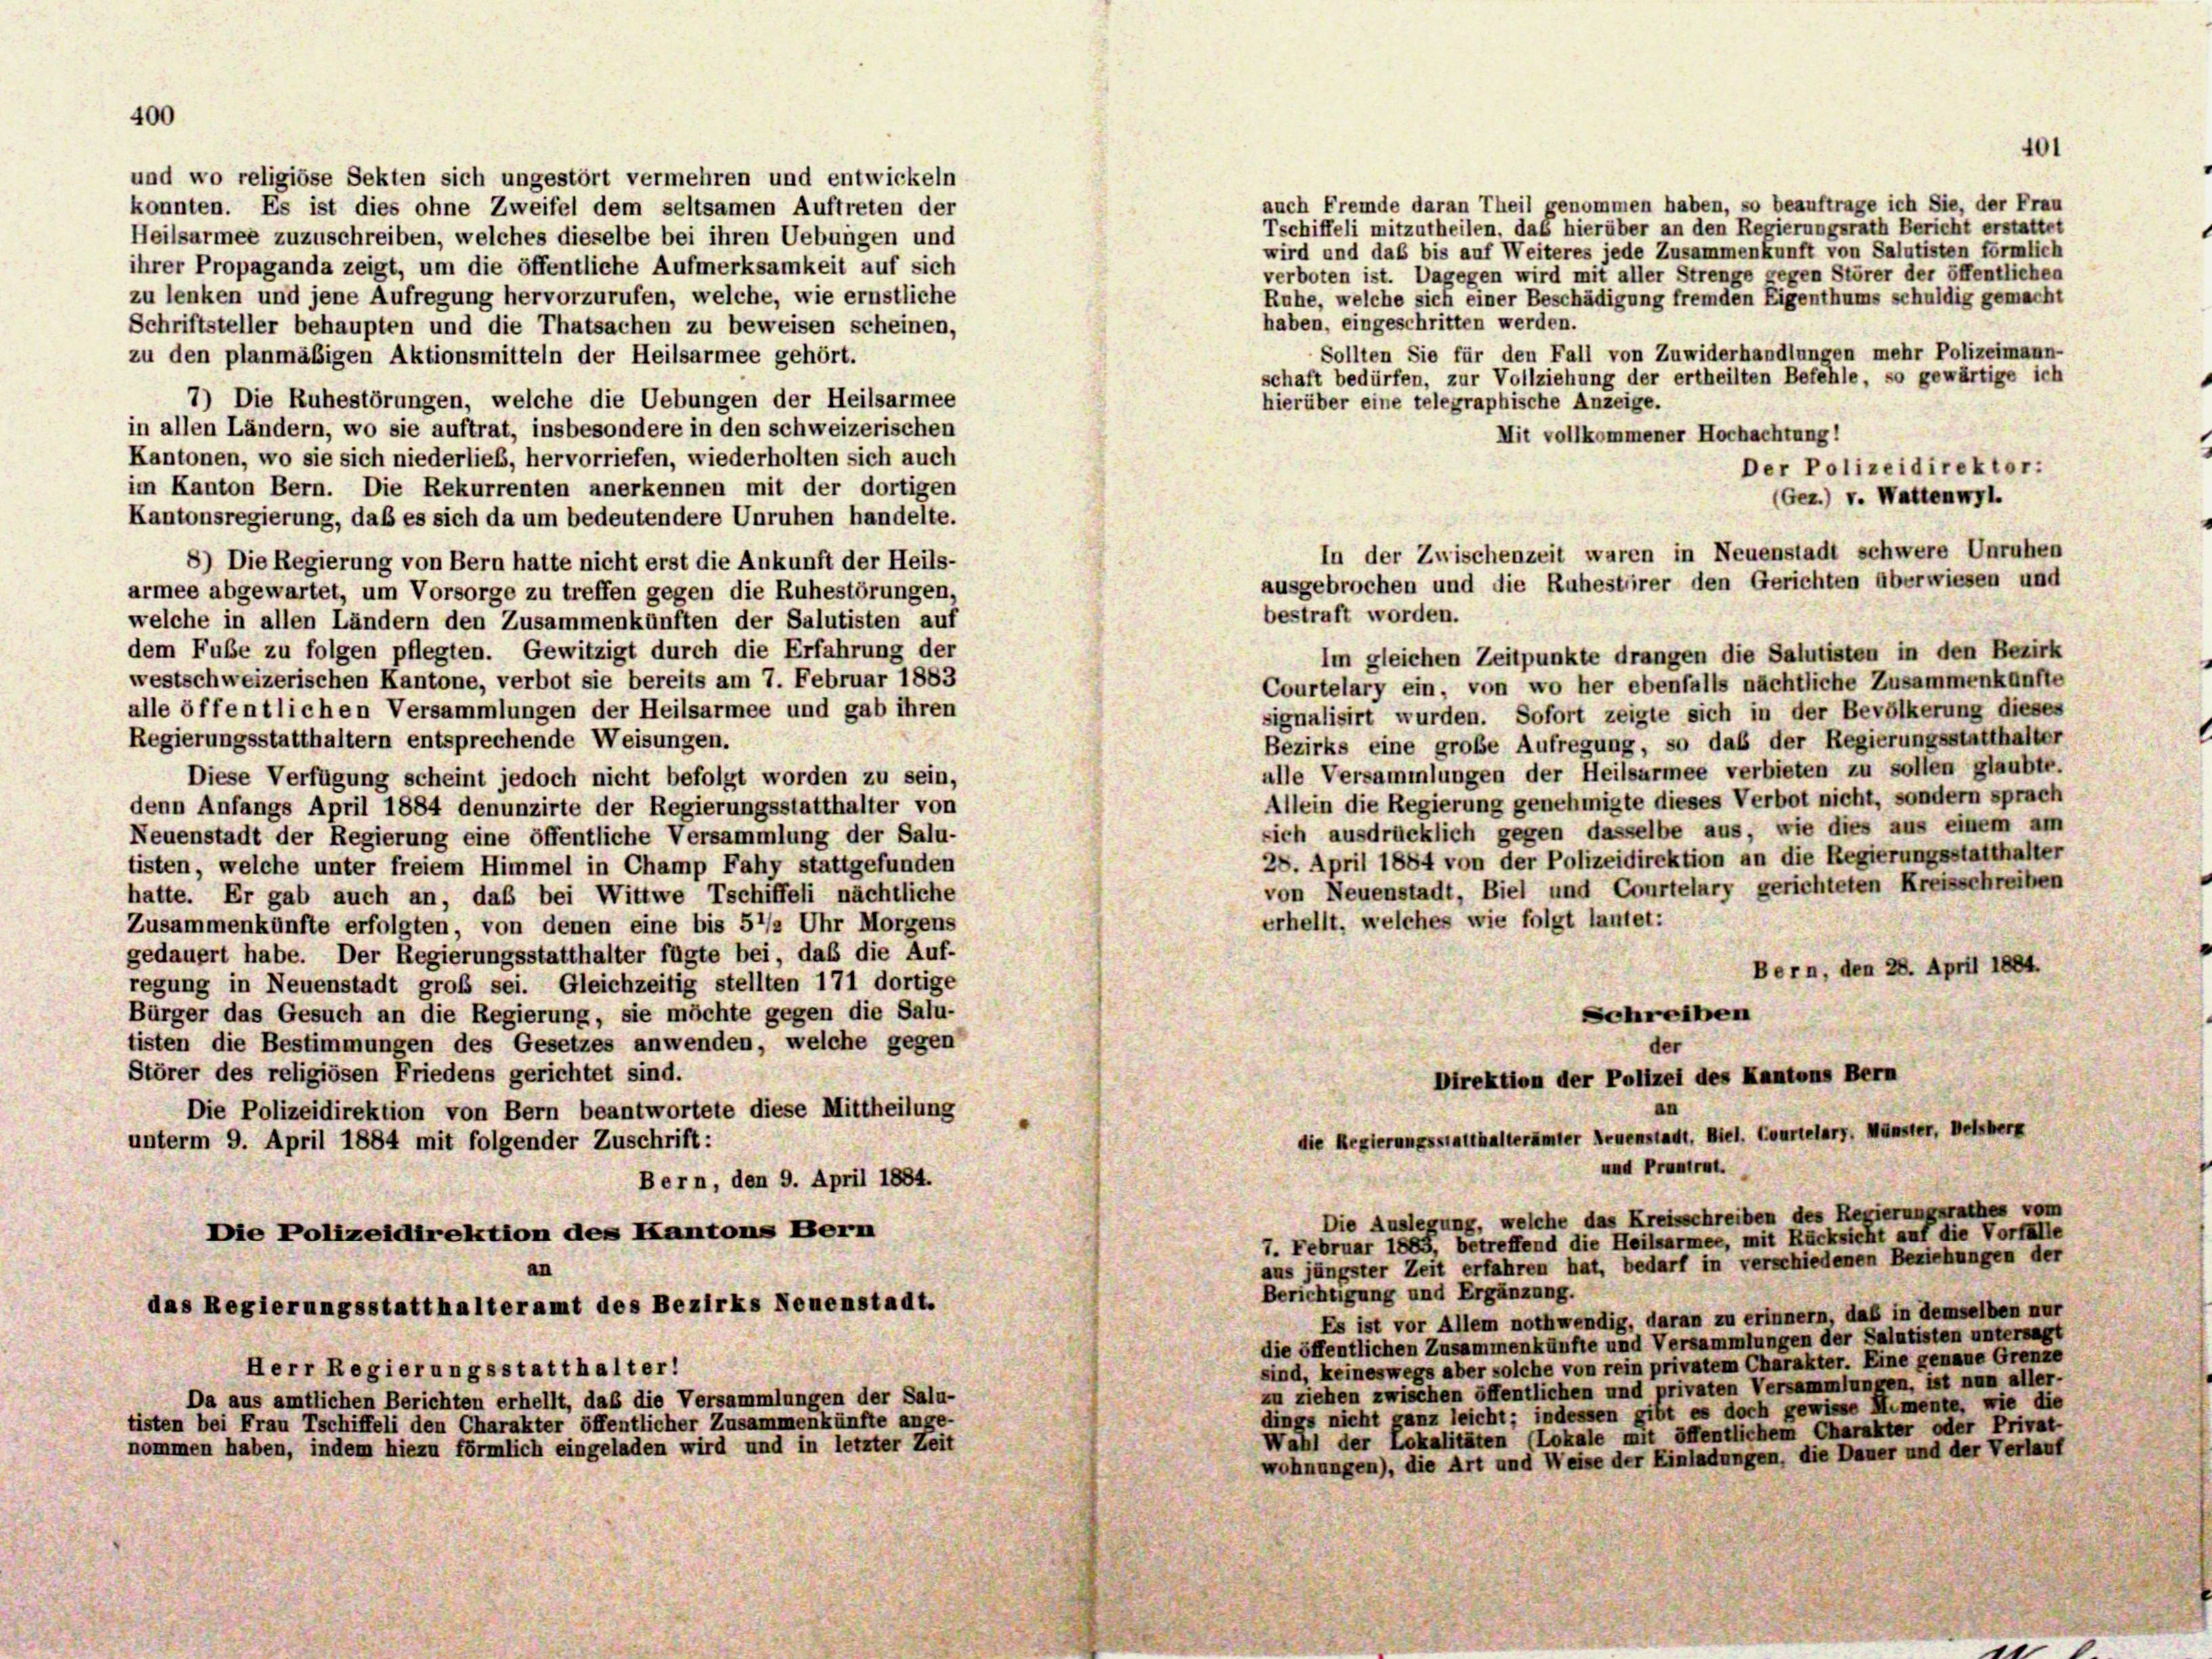
400

und wo religiöse Sekten sich ungestört vermehren und entwickeln
auch Fremde daran Theil genommen haben, so beauftrage ich Sie, der Frau
konnten. Es ist dies ohne Zweifel dem seltsamen Auftreten der
Tschiffeli mitzutheilen, daß hierüber an den Regierungsrath Bericht erstattet
Heilsarmee zuzuschreiben, welches dieselbe bei ihren Uebungen und
wird und daß bis auf Weiteres jede Zusammenkunft von Salutisten förmlich
ihrer Propaganda zeigt, um die öffentliche Aufmerksamkeit auf sich
verboten ist. Dagegen wird mit aller Strenge gegen Störer der öffentlichen
zu lenken und jene Aufregung hervorzurufen, welche, wie ernstliche
Ruhe, welche sich einer Beschädigung fremden Eigenthums schuldig gemacht
haben, eingeschritten werden.
Schriftsteller behaupten und die Thatsachen zu beweisen scheinen,
zu den planmäßigen Aktionsmitteln der Heilsarmee gehört.
7) Die Ruhestörungen, welche die Uebungen der Heilsarmee
in allen Ländern, wo sie auftrat, insbesondere in den schweizerischen
Kantonen, wo sie sich niederlieb, hervorriefen, wiederholten sich auch
im Kanton Bern. Die Rekurrenten anerkennen mit der dortigen
Kantonsregierung, daß es sich da um bedeutendere Unruhen handelte.
8) Die Regierung von Bern hatte nicht erst die Ankunft der Heils-
armee abgewartet, um Vorsorge zu treffen gegen die Ruhestörungen,
welche in allen Ländern den Zusammenkünften der Salutisten auf
dem Fuße zu folgen pflegten. Gewitzigt durch die Erfahrung der
Im gleichen Zeitpunkte drangen die Salutisten in den Bezirk
westschweizerischen Kantone, verbot sie bereits am 7. Februar 1883
Courtelary ein, von wo her ebenfalls nächtliche Zusammenkünfte
alle öffentlichen Versammlungen der Heilsarmee und gab ihren
signalisirt wurden. Sofort zeigte sich in der Bevölkerung dieses
Regierungsstatthaltern entsprechende Weisungen.
Bezirks eine große Aufregung, so daß der Regierungsstatthalter
alle Versammlungen der Heilsarmee verbieten zu sollen glaubte.
Diese Verfügung scheint jedoch nicht befolgt worden zu sein,
Allein die Regierung genehmigte dieses Verbot nicht, sondern sprach
denn Anfangs April 1884 denunzirte der Regierungsstatthalter von
sich ausdrücklich gegen dasselbe aus, wie dies aus einem am
Neuenstadt der Regierung eine öffentliche Versammlung der Salu-
28. April 1884 von der Polizeidirektion an die Regierungsstatthalter
tisten, welche unter freiem Himmel in Champ Fahy stattgefunden
von Neuenstadt, Biel und Courtelary gerichteten Kreisschreiben
hatte. Er gab auch an, daß bei Wittwe Tschiffeli nächtliche
erhellt, welches wie folgt lautet:
Zusammenkünfte erfolgten, von denen eine bis 51/2 Uhr Morgens
gedauert habe. Der Regierungsstatthalter fügte bei, daß die Auf-
Bern, den 28. April 1884.
regung in Neuenstadt groß sei. Gleichzeitig stellten 171 dortige
Bürger das Gesuch an die Regierung, sie möchte gegen die Salu-
Schreiben
tisten die Bestimmungen des Gesetzes anwenden, welche gegen
Störer des religiösen Friedens gerichtet sind.
Direktion der Polizei des Kantons Bern
Die Polizeidirektion von Bern beantwortete diese Mittheilung
die Regierungsstatthalterämter Neuenstadt, Biel. Courtelary, Münster, Delsber
unterm 9. April 1884 mit folgender Zuschrift:
und Prantrat.
Bern, den 9. April 1884.
Die Auslegung, welche das Kreisschreiben des Regierungsrathes vom
Die Polizeidirektion des Kantons Bern
7. Februar 1883, betreffend die Heilsarmee, mit Rücksicht auf die Vorfalle
aus jüngster Zeit erfahren hat, bedarf in verschiedenen Beziehungen der
Berichtigung und Ergänzung.
das Regierungsstatthalteramt des Bezirks Neuenstadt.
Es ist vor Allem nothwendig, daran zu erinnern, daß in demselben nur
die öffentlichen Zusammenkünfte und Versammlungen der Salutisten untersagt
sind, keineswegs aber solche von rein privatem Charakter. Eine genaue Grenze
Herr Regierungsstatthalter!
zu ziehen zwischen öffentlichen und privaten Versammlungen, ist nun aller-
Da aus amtlichen Berichten erhellt, daß die Versammlungen der Salu-
dings nicht ganz leicht; indessen gibt es doch gewisse Mimente, wie die
tisten bei Frau Tschiffeli den Charakter öffentlicher Zusammenkünfte ange-
Wahl der Lokalitäten (Lokale mit öffentlichem Charakter oder Privat-
nommen haben, indem hiezu förmlich eingeladen wird und in letzter Zeit
wohnungen), die Art und Weise der Einladungen, die Dauer und der Verlauf

hierüber eine telegraphische Anzeige.
In der Zwischenzeit waren in Neuenstadt schwere Unruhen
ausgebrochen und die Ruhestörer den Gerichten überwiesen und
bestraft worden.

Sollten Sie für den Fall von Zuwiderhandlungen mehr Polizeimann-
schaft bedürfen, zur Vollziehung der ertheilten Befehle, so gewärtige ich
Mit vollkommener Hochachtung!
Der Polizeidirektor:
(Gez.) v. Wattenwyl.

401